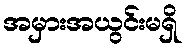
အမှားအယွင်းမရှိ